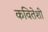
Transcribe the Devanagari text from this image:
कवितेशी